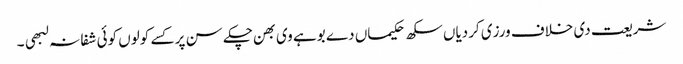
شریعت دی خلاف ورزی کردیاں سکھ حکیماں دے بوہے وی بھن چکے سن پر کسے کولوں کوئی شفا نہ لبھی ۔